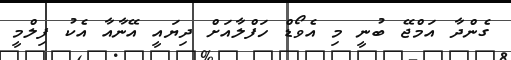
ގެންދާ އަމްޖޭ ބުނީ މި އެވޯޑް ހަފްލާއަށް ދިޔައީ އޭނާއާ އެކު ފިލްމީ